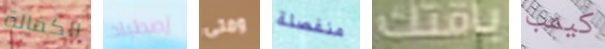
الكفالة إصطياد ومتى منفصلة باقتك كيمب